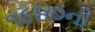
૧૯૪૦ની